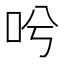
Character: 𠯋